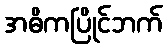
အဓိကပြိုင်ဘက်